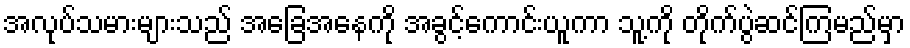
အလုပ်သမားများသည် အခြေအနေကို အခွင့်ကောင်းယူကာ သူ့ကို တိုက်ပွဲဆင်ကြမည်မှာ